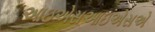
આઇએસઆઇએસએ